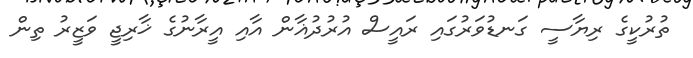
ތުރުކީގެ ރިޔާސީ ގަނޑުވަރުގައި ރައީސް އުރުދުޣާން އާއި އީރާނުގެ ޚާރިޖީ ވަޒީރު ތިން